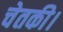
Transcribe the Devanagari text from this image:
चेतकी।